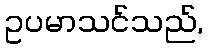
ဥပမာသင်သည်,